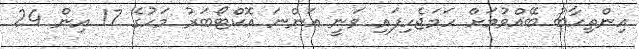
އިންތިހާބު ބޭއްވުމަށް ހަމަޖެހިފައި ވަނީ އަންނަ އޮކްޓޯބަރު މަހުގެ 17 އިން 24